Leaving Certificate Examination, 1922
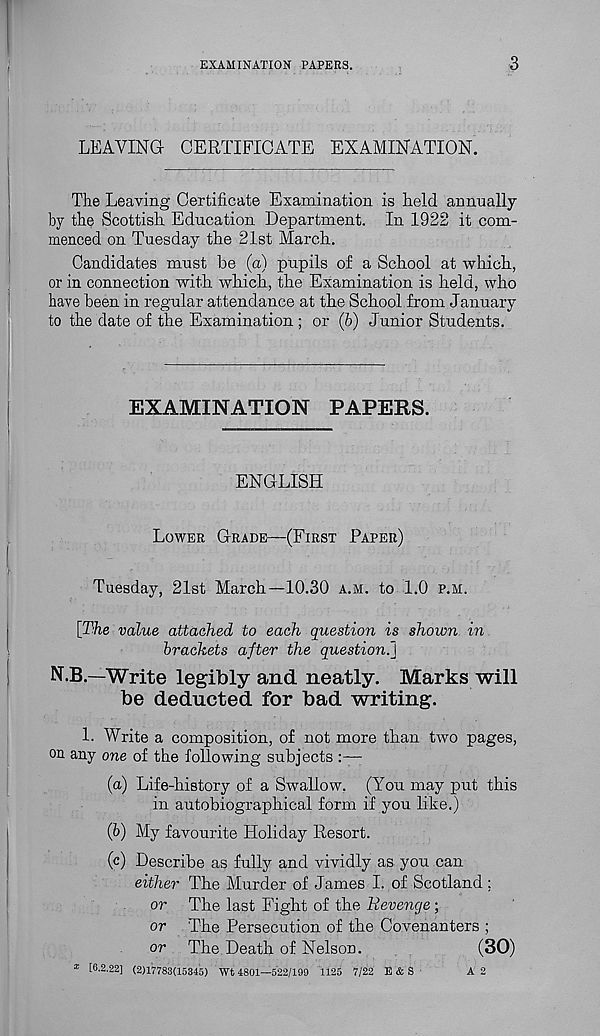
EXAMINATION PAPERS.
3
LEAVING CERTIFICATE EXAMINATION.
The Leaving Certificate Examination is held annually
by the Scottish Education Department. In 1922 it com-
menced on Tuesday the 21st March.
Candidates must be (a) pupils of a School at which,
or in connection with which, the Examination is held, who
have been in regular attendance at the School from January
to the date of the Examination ; or (&) Junior Students.
EXAMINATION PAPERS.
ENGLISH
LOWER GRADE—(FIRST PAPER)
Tuesday, 21st March—10.30 A.M. to 1.0 P.M.
[The value attached to each question is shown in
brackets after the question.]
N.B.—Write legibly and neatly. Marks will
be deducted for bad writing.
1. Write a composition, of not more than two pages,
on any one of the following subjects :—
(a) Life-history of a Swallow. (You may put this
in autobiographical form if you like.)
(b) My favourite Holiday Resort.
(c) Describe as fully and vividly as you can
either The Murder of James I. of Scotland ;
or The last Fight of the Revenge;
or The Persecution of the Covenanters ;
or The Death of Nelson.
(30)
* [6.2.22] (2)17783(15345) Wt 4801—522/109 1125 7/22 E&S
A 2